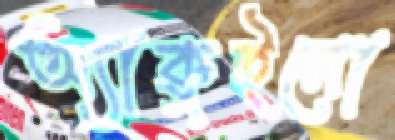
অ্যাকুইনো